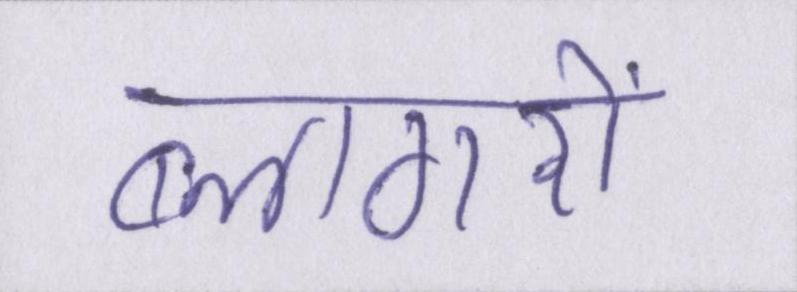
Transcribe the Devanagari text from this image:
ब्लागरों